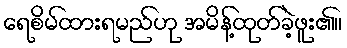
ရေစိမ်ထားရမည်ဟု အမိန့်ထုတ်ခဲ့ဖူး၏။